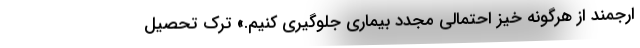
ارجمند از هرگونه خیز احتمالی مجدد بیماری جلوگیری کنیم.» ترک تحصیل